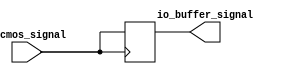
module LVCMOS_buffer(
    input wire lvcmos_signal,
    output reg io_buffer_signal
);

// Provide I/O buffer functionality for LVCMOS signals
always @ (posedge lvcmos_signal)
begin
    io_buffer_signal <= lvcmos_signal;
end

endmodule